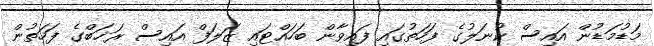
މަޑުމަޑުން އައިސް ކުނަލުގެ ފަހަތުގައި ފައިވާން ބަހައްޓައި ޒަލަފް އައިސް ރަޚަބްގެ ފަހަތުން